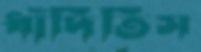
ধাঁদিতিস